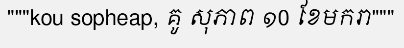
"""kou sopheap, គូ សុភាព ១0 ខែមករា"""